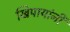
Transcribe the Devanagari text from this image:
खिपायांनी